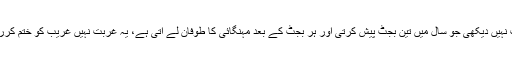
انہوںنے کہاکہ پی ٹی آئی جیسی کوئی حکومت نہیں دیکھی جو سال میں تین بجٹ پیش کرتی اور ہر بجٹ کے بعد مہنگائی کا طوفان لے آتی ہے، یہ غربت نہیں غریب کو ختم کررہے ہیں، ان کا ہر وعدہ اور ہرنعرہ جھوٹا نکلا۔